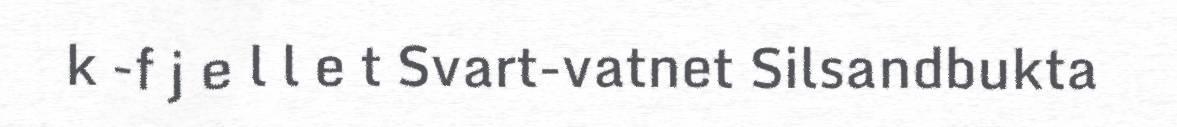
k -f j e l l e t Svart-vatnet Silsandbukta